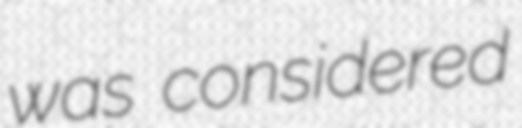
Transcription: was considered